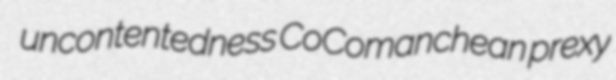
uncontentedness CoComanchean prexy